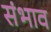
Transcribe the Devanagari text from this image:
संभाव